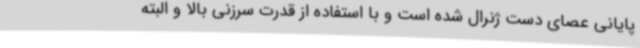
پایانی عصای دست ژنرال شده است و با استفاده از قدرت سرزنی بالا و البته